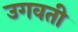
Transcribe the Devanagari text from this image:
उगवती